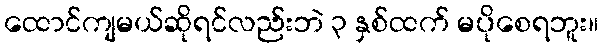
ထောင်ကျမယ်ဆိုရင်လည်းဘဲ ၃ နှစ်ထက် မပိုစေရဘူး။